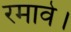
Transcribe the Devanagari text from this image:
रमावे।